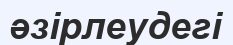
әзірлеудегі